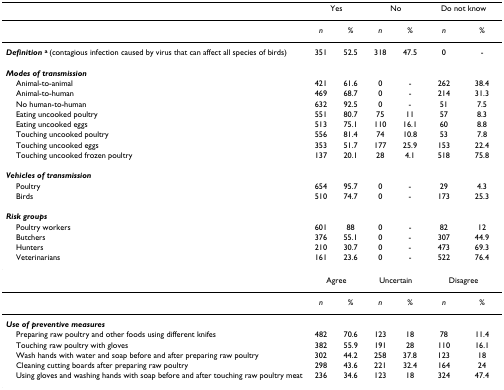
<table><thead><tr><td></td><td colspan="2"><b>Yes</b></td><td colspan="2"><b>No</b></td><td colspan="2"><b>Do not know</b></td></tr></thead><tbody><tr><td></td><td><i>n</i></td><td><i>%</i></td><td><i>n</i></td><td><i>%</i></td><td><i>n</i></td><td><i>%</i></td></tr><tr><td><b><i>Definition </i><sup>a </sup></b>(contagious infection caused by virus that can affect all species of birds)</td><td>351</td><td>52.5</td><td>318</td><td>47.5</td><td>0</td><td>-</td></tr><tr><td><b><i>Modes of transmission</i></b></td><td></td><td></td><td></td><td></td><td></td><td></td></tr><tr><td> Animal-to-animal</td><td>421</td><td>61.6</td><td>0</td><td>-</td><td>262</td><td>38.4</td></tr><tr><td> Animal-to-human</td><td>469</td><td>68.7</td><td>0</td><td>-</td><td>214</td><td>31.3</td></tr><tr><td> No human-to-human</td><td>632</td><td>92.5</td><td>0</td><td>-</td><td>51</td><td>7.5</td></tr><tr><td> Eating uncooked poultry</td><td>551</td><td>80.7</td><td>75</td><td>11</td><td>57</td><td>8.3</td></tr><tr><td> Eating uncooked eggs</td><td>513</td><td>75.1</td><td>110</td><td>16.1</td><td>60</td><td>8.8</td></tr><tr><td> Touching uncooked poultry</td><td>556</td><td>81.4</td><td>74</td><td>10.8</td><td>53</td><td>7.8</td></tr><tr><td> Touching uncooked eggs</td><td>353</td><td>51.7</td><td>177</td><td>25.9</td><td>153</td><td>22.4</td></tr><tr><td> Touching uncooked frozen poultry</td><td>137</td><td>20.1</td><td>28</td><td>4.1</td><td>518</td><td>75.8</td></tr><tr><td><b><i>Vehicles of transmission</i></b></td><td></td><td></td><td></td><td></td><td></td><td></td></tr><tr><td> Poultry</td><td>654</td><td>95.7</td><td>0</td><td>-</td><td>29</td><td>4.3</td></tr><tr><td> Birds</td><td>510</td><td>74.7</td><td>0</td><td>-</td><td>173</td><td>25.3</td></tr><tr><td><b><i>Risk groups</i></b></td><td></td><td></td><td></td><td></td><td></td><td></td></tr><tr><td> Poultry workers</td><td>601</td><td>88</td><td>0</td><td>-</td><td>82</td><td>12</td></tr><tr><td> Butchers</td><td>376</td><td>55.1</td><td>0</td><td>-</td><td>307</td><td>44.9</td></tr><tr><td> Hunters</td><td>210</td><td>30.7</td><td>0</td><td>-</td><td>473</td><td>69.3</td></tr><tr><td> Veterinarians</td><td>161</td><td>23.6</td><td>0</td><td>-</td><td>522</td><td>76.4</td></tr><tr><td></td><td colspan="2">Agree</td><td colspan="2">Uncertain</td><td colspan="2">Disagree</td></tr><tr><td></td><td><i>n</i></td><td><i>%</i></td><td><i>n</i></td><td><i>%</i></td><td><i>n</i></td><td><i>%</i></td></tr><tr><td><b><i>Use of preventive measures</i></b></td><td></td><td></td><td></td><td></td><td></td><td></td></tr><tr><td> Preparing raw poultry and other foods using different knifes</td><td>482</td><td>70.6</td><td>123</td><td>18</td><td>78</td><td>11.4</td></tr><tr><td> Touching raw poultry with gloves</td><td>382</td><td>55.9</td><td>191</td><td>28</td><td>110</td><td>16.1</td></tr><tr><td> Wash hands with water and soap before and after preparing raw poultry</td><td>302</td><td>44.2</td><td>258</td><td>37.8</td><td>123</td><td>18</td></tr><tr><td> Cleaning cutting boards after preparing raw poultry</td><td>298</td><td>43.6</td><td>221</td><td>32.4</td><td>164</td><td>24</td></tr><tr><td> Using gloves and washing hands with soap before and after touching raw poultry meat</td><td>236</td><td>34.6</td><td>123</td><td>18</td><td>324</td><td>47.4</td></tr></tbody></table>